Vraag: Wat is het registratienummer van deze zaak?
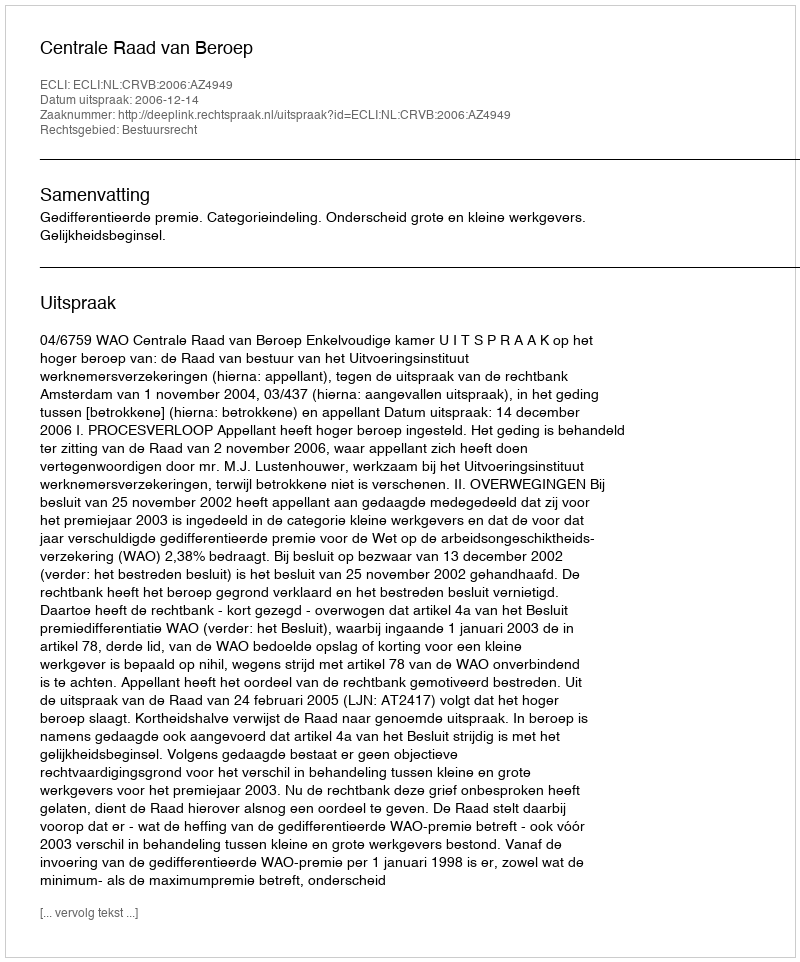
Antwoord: http://deeplink.rechtspraak.nl/uitspraak?id=ECLI:NL:CRVB:2006:AZ4949